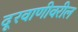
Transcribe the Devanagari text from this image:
दूरवाणीवरील